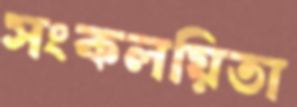
সংকলয়িতা